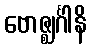
ဗောဇ္ဈင်္ဂါနိ